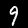
Label: 9